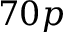
7 0 p